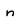
Character: n